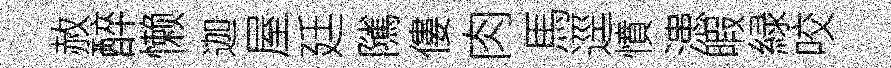
赦醉懒迦屋廷隲僂肉馬逕憤漶暇緑咬